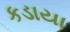
કડાયા